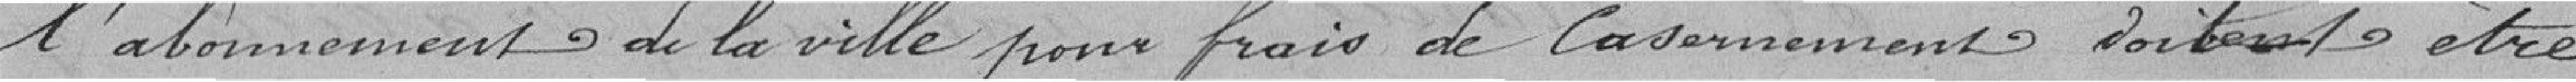
l'abonnement de la ville pour frais de casernement doivent être